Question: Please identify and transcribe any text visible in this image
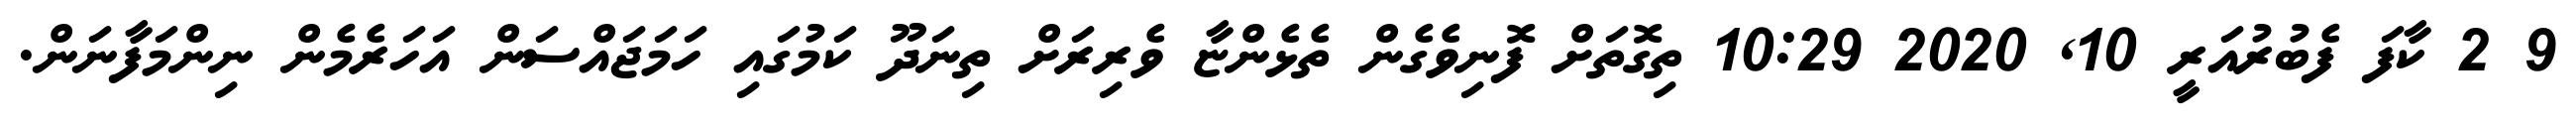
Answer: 9 2 ކާފަ ފެބުރުއަރީ 10, 2020 10:29 ތިގޮތަށް ފޮނިވެގެން ތެޅެންޏާ ވެރިރަށް ތިނަދޫ ކަމުގައި ހަމަޖައްސަން އަހަރެމެން ނިންމަފާނަން.